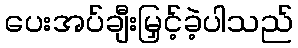
ပေးအပ်ချီးမြှင့်ခဲ့ပါသည်